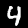
Digit: 4